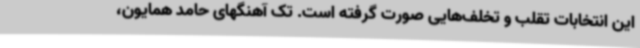
این انتخابات تقلب و تخلف‌هایی صورت گرفته است. تک آهنگهای حامد همایون،